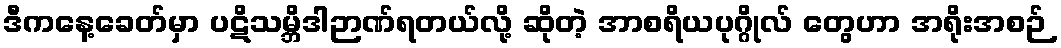
ဒီကနေ့ခေတ်မှာ ပဋိသမ္ဘိဒါဉာဏ်ရတယ်လို့ ဆိုတဲ့ အာစရိယပုဂ္ဂိုလ် တွေဟာ အရိုးအစဉ်